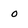
Character: o